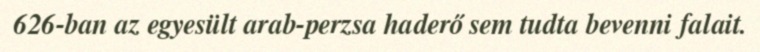
626-ban az egyesült arab-perzsa haderő sem tudta bevenni falait.